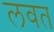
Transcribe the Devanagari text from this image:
लवत